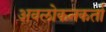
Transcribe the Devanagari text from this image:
अवलोकनकर्ता